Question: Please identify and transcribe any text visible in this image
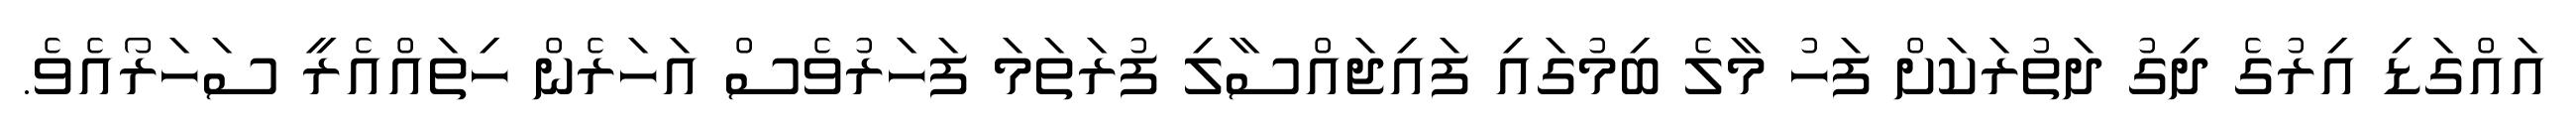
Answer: އައްގަޑި އިރުގެ ދިގު ދަތުރަކަށް ފަހު މާލެ ބިމުގައި ފައިޖައްސާލި ފުރަތަމަ ފަހަރުވެސް އަހަރެން ހިތައްއެރީ ސަހަރޯއެވެ.